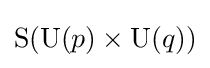
\mathrm {S} (\mathrm {U} (p)\times \mathrm {U} (q))